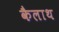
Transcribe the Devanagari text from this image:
कैलाथ